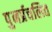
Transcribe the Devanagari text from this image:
पुनर्प्रचलित